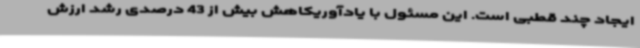
ایجاد چند قطبی است. این مسئول با یادآوریکاهش بیش از 43 درصدی رشد ارزش